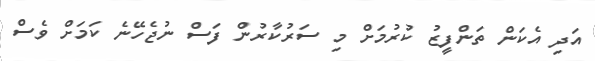
އަދި އެކަން ތަންފީޒު ކުރުމަށް މި ސަރުކާރުން ފަސް ނުޖެހޭނެ ކަމަށް ވެސް